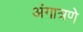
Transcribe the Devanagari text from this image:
अंगात्रणे